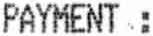
PAYMENT :